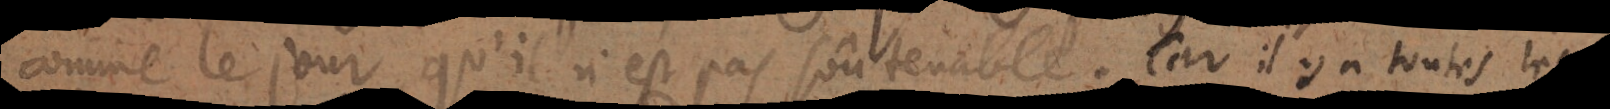
comme le jour qu’il n’est pas soûtenable. Car il y a toutes